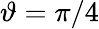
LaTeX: \vartheta=\pi/4